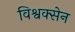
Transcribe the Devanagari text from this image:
विश्वक्सेन